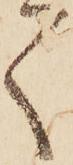
く